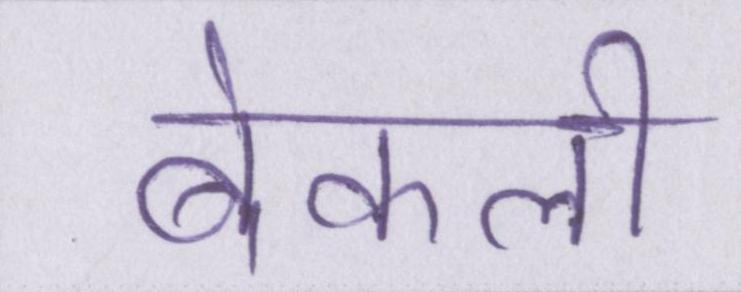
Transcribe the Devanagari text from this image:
बेकली